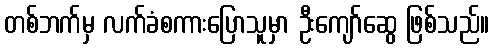
တစ်ဘက်မှ လက်ခံစကားပြောသူမှာ ဦးကျော်ဆွေ ဖြစ်သည်။